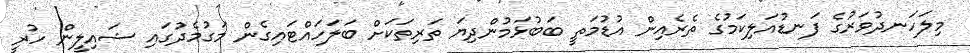
މިލަހަނދުވަރުގެ ފަނޑުއަލިކަމުގެ ތެރެއިން އުޑުމަތީ ބަބުޅަމުންދިޔަ ތަރިތަކަށް ބަލަހައްޓައިގެން މަގުމެދުގައި ޝައިލީން ހުރީ